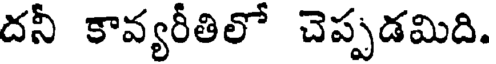
దనీ కావ్యరీతిలో చెప్పడమిది.